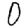
Digit: 0